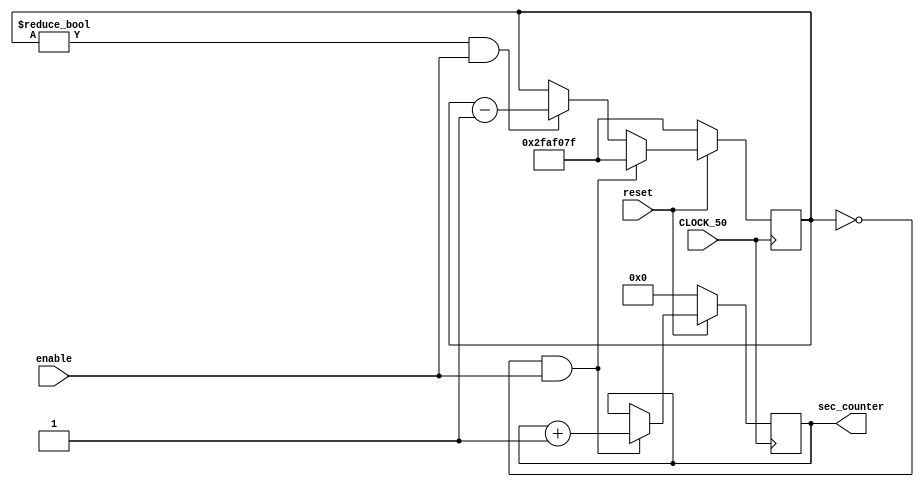
module rateDivider(CLOCK_50, reset, enable, sec_counter);
	parameter width = 26;
	parameter ratio = 1;
	input CLOCK_50, reset;
	
 
	reg [width-1:0] count;
	input enable;
	output reg [4:0]sec_counter;

	always@(posedge CLOCK_50)
		if (reset == 0)
		begin
			count <= 49999999;
			sec_counter <= 5'b0;
			end
		else if(count == 0 && enable == 1)
		begin
			count <= 49999999;
			sec_counter <= sec_counter + 1;
			end
		else if(count != 0 && enable == 1)
		begin 
		count <= count - ratio;
		end
		
endmodule